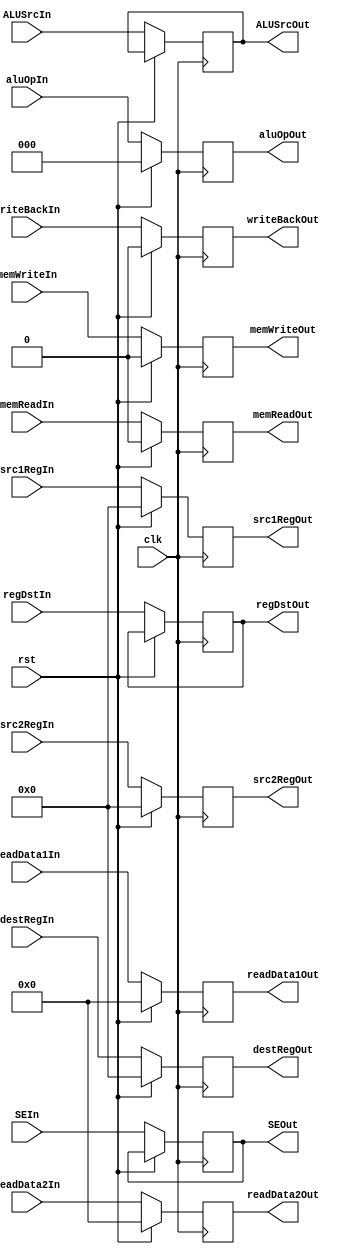
`timescale 1ns / 1ns
module ID2EXE (input clk, rst,
               input /*regWriteIn,*/ memReadIn, memWriteIn, writeBackIn, ALUSrcIn, regDstIn,
               input [2:0] aluOpIn,
               input [4:0] destRegIn, src1RegIn, src2RegIn,
               input [31:0] readData1In, readData2In, SEIn,
               output reg memReadOut, memWriteOut, writeBackOut, ALUSrcOut, regDstOut, //regWriteOut,
               output reg [2:0] aluOpOut,
               output reg [4:0] destRegOut, src1RegOut, src2RegOut,
               output reg [31:0] readData1Out, readData2Out, SEOut);
               
  always @ (posedge clk) begin
    if (rst) begin
      {memReadOut, memWriteOut, writeBackOut, aluOpOut, destRegOut,
       readData1Out, readData2Out, src1RegOut, src2RegOut} <= 0;
    end
    else begin
      memReadOut <= memReadIn;
      memWriteOut <= memWriteIn;
      writeBackOut <= writeBackIn;
      aluOpOut <= aluOpIn;
      destRegOut <= destRegIn;
      readData1Out <= readData1In;
      readData2Out <= readData2In;
      SEOut <= SEIn;
      ALUSrcOut <= ALUSrcIn;
      regDstOut <= regDstIn;
      src1RegOut <= src1RegIn;
      src2RegOut <= src2RegIn;
      //regWriteOut <= regWriteIn;
    end
  end
endmodule